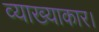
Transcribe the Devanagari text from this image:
व्याख्याकार।